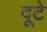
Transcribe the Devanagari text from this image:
दूटे